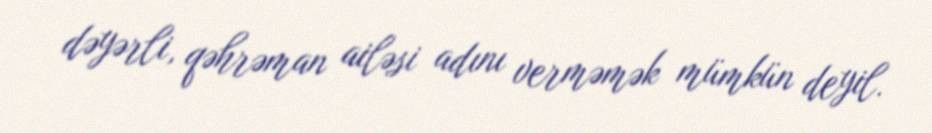
dəyərli, qəhrəman ailəsi adını verməmək mümkün deyil.